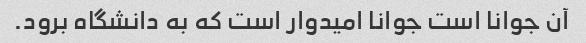
آن جوانا است جوانا امیدوار است که به دانشگاه برود.